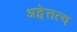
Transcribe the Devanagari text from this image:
अद्वेत्तत्व